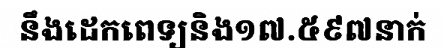
នឹងដេកពេទ្យនិង១៧.៥៩៧នាក់